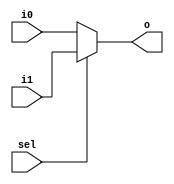
`timescale 1ns / 1ps
//////////////////////////////////////////////////////////////////////////////////
// Company: 
// 
// Design Name: 
// Module Name: mux
// Project Name: 
// Target Devices: 
// Tool Versions: 
// Description: 
// 
// Dependencies: 
// 
// Revision:
// Revision 0.01 - File Created
// Additional Comments:
// 
//////////////////////////////////////////////////////////////////////////////////


module mux #(
parameter N=2
)(
input wire [N-1:0] i0,i1,
input sel,
output reg [N-1:0] o
    );
   

always@(i0,i1,sel)
if(sel==1'b1) o=i1;
else o=i0; 
   
endmodule